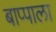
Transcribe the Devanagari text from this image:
बाप्पाला